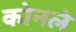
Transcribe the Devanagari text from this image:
कोनले